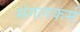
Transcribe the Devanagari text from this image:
मंगलकर्म